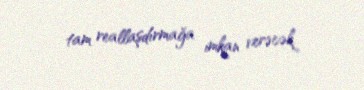
tam reallaşdırmağa imkan verəcək.